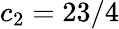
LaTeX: c_{2}=23/4